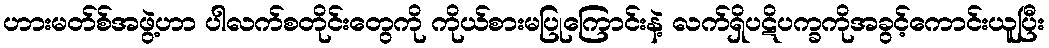
ဟားမတ်စ်အဖွဲ့ဟာ ပါလက်စတိုင်းတွေကို ကိုယ်စားမပြုကြောင်းနဲ့ လက်ရှိပဋိပက္ခကိုအခွင့်ကောင်းယူပြီး